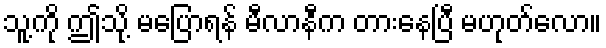
သူ့ကို ဤသု့ိ မပြောရန် မီလာနီက တားနေပြီ မဟုတ်လော။